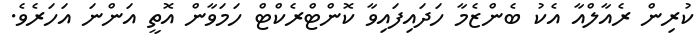
ކުރިން ރެއާލްއާ އެކު ބެންޒެމާ ހަދައިފައިވާ ކޮންޓްރެކްޓް ހަމަވާން އޮތީ އަންނަ އަހަރެވެ.